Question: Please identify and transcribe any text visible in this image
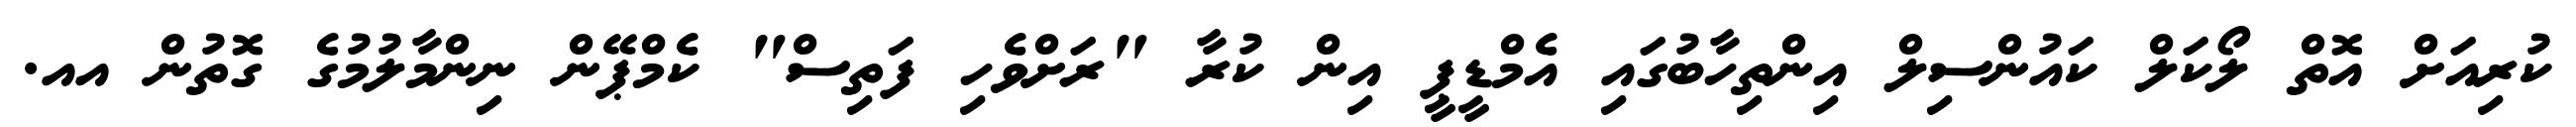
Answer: ކުރިއަށް އޮތް ލޯކަލް ކައުންސިލް އިންތިހާބުގައި އެމްޑީޕީ އިން ކުރާ "ރަށްވެހި ފަތިސް" ކެމްޕޭން ނިންމާލުމުގެ ގޮތުން އއ.